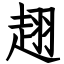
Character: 趐